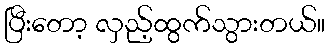
ပြီးတော့ လှည့်ထွက်သွားတယ်။